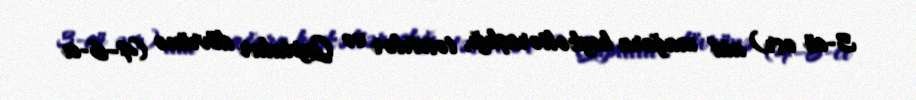
3-cü əsr) aid mağara heykəltəraşlığı, təsvirlər və Quptalar dövrünə (4–6-cı